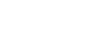
ဝိညူဟီတိ